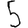
Digit: 5